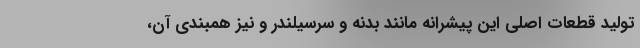
تولید قطعات اصلی این پیشرانه مانند بدنه و سرسیلندر و نیز همبندی آن،